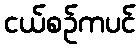
ငယ်စဉ်ကပင်